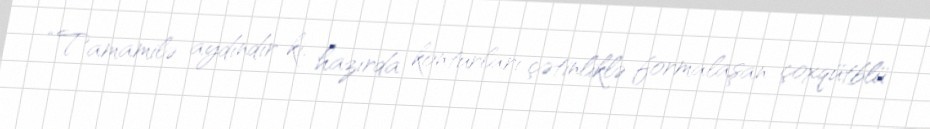
“Tamamilə aydındır ki, hazırda konturları çətinliklə formalaşan çoxqütblü